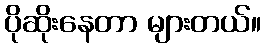
ပိုဆိုးနေတာ များတယ်။